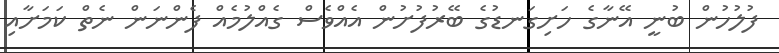
ފުލުހުން ބުނީ އޭނާގެ ހަށިގަނޑުގެ ބޭރުފުށުން އެއްވެސް ގެއްލުމެއް ފެންނަން ނެތް ކަމަށާއި